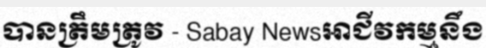
បានត្រឹមត្រូវ - Sabay Newsអាជីវកម្មនឹង